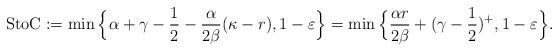
LaTeX: \begin{align*}\textup{StoC} := \min\Big\{ \alpha+\gamma-\frac{1}{2}-\frac{\alpha}{2\beta} (\kappa- r), 1-\varepsilon \Big\}= \min\Big\{ \frac{\alpha r}{2\beta} + (\gamma-\frac{1}{2})^{+}, 1-\varepsilon \Big\}.\end{align*}